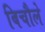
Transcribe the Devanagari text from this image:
बिचौले